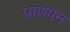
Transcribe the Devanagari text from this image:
प्राणपन